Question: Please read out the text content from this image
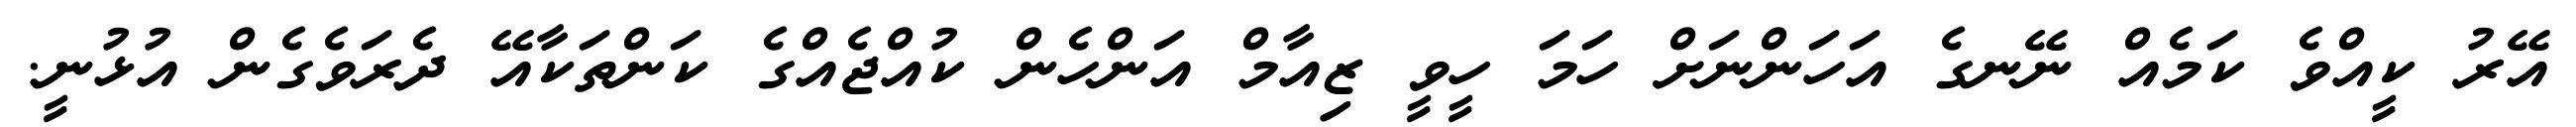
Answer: އޭރު ކީއްވެ ކަމެއް ނޭނގެ އަހަންނަށް ހަމަ ހީވީ ޒިއާމް އަންހެން ކުއްޖެއްގެ ކަންތަކާއޭ ދެރަވެގެން އުޅުނީ.